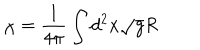
\chi = \frac { 1 } { 4 \pi } \int d ^ { 2 } x \sqrt { g } R